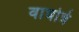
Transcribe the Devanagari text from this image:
वाघोत्रे